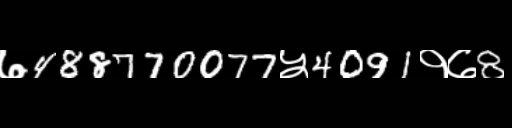
Text: ७488770077५4091१७8